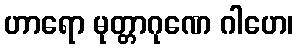
ဟာရော မုတ္တာဂုဏေ ဂါဟေ၊